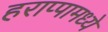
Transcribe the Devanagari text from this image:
हराप्पामध्ये